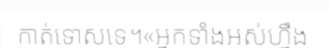
កាត់ទោសទេ។«អ្នកទាំងអស់ហ្នឹង